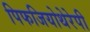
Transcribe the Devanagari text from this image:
पिफजियोथेरेपी